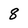
Character: 8